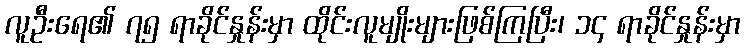
လူဦးရေ၏ ၇၅ ရာခိုင်နှုန်းမှာ ထိုင်းလူမျိုးများဖြစ်ကြပြီး၊ ၁၄ ရာခိုင်နှုန်းမှာ